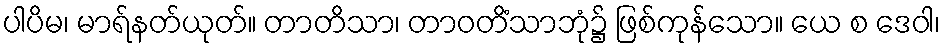
ပါပိမ၊ မာရ်နတ်ယုတ်။ တာတိသာ၊ တာဝတိံသာဘုံ၌ ဖြစ်ကုန်သော။ ယေ စ ဒေဝါ၊